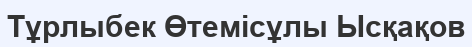
Тұрлыбек Өтемісұлы Ысқақов